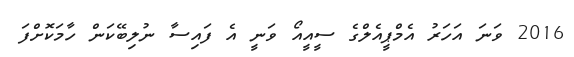
2016 ވަނަ އަހަރު އެމްޕީއެލްގެ ސީއީއޯ ވަނީ އެ ފައިސާ ނުލިބޭކަން ހާމަކޮށްފަ